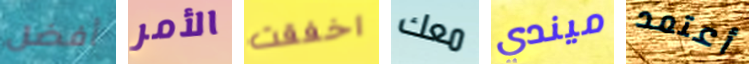
أفضل الأمر اخفقت معك ميندي أعتمد